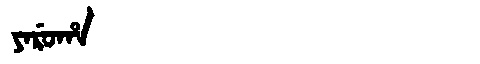
Manchu: ᠶᠠᡵᡠᡥᠠ
Romanization: YARUHA